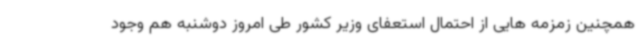
همچنین زمزمه هایی از احتمال استعفای وزیر کشور طی امروز دوشنبه هم وجود